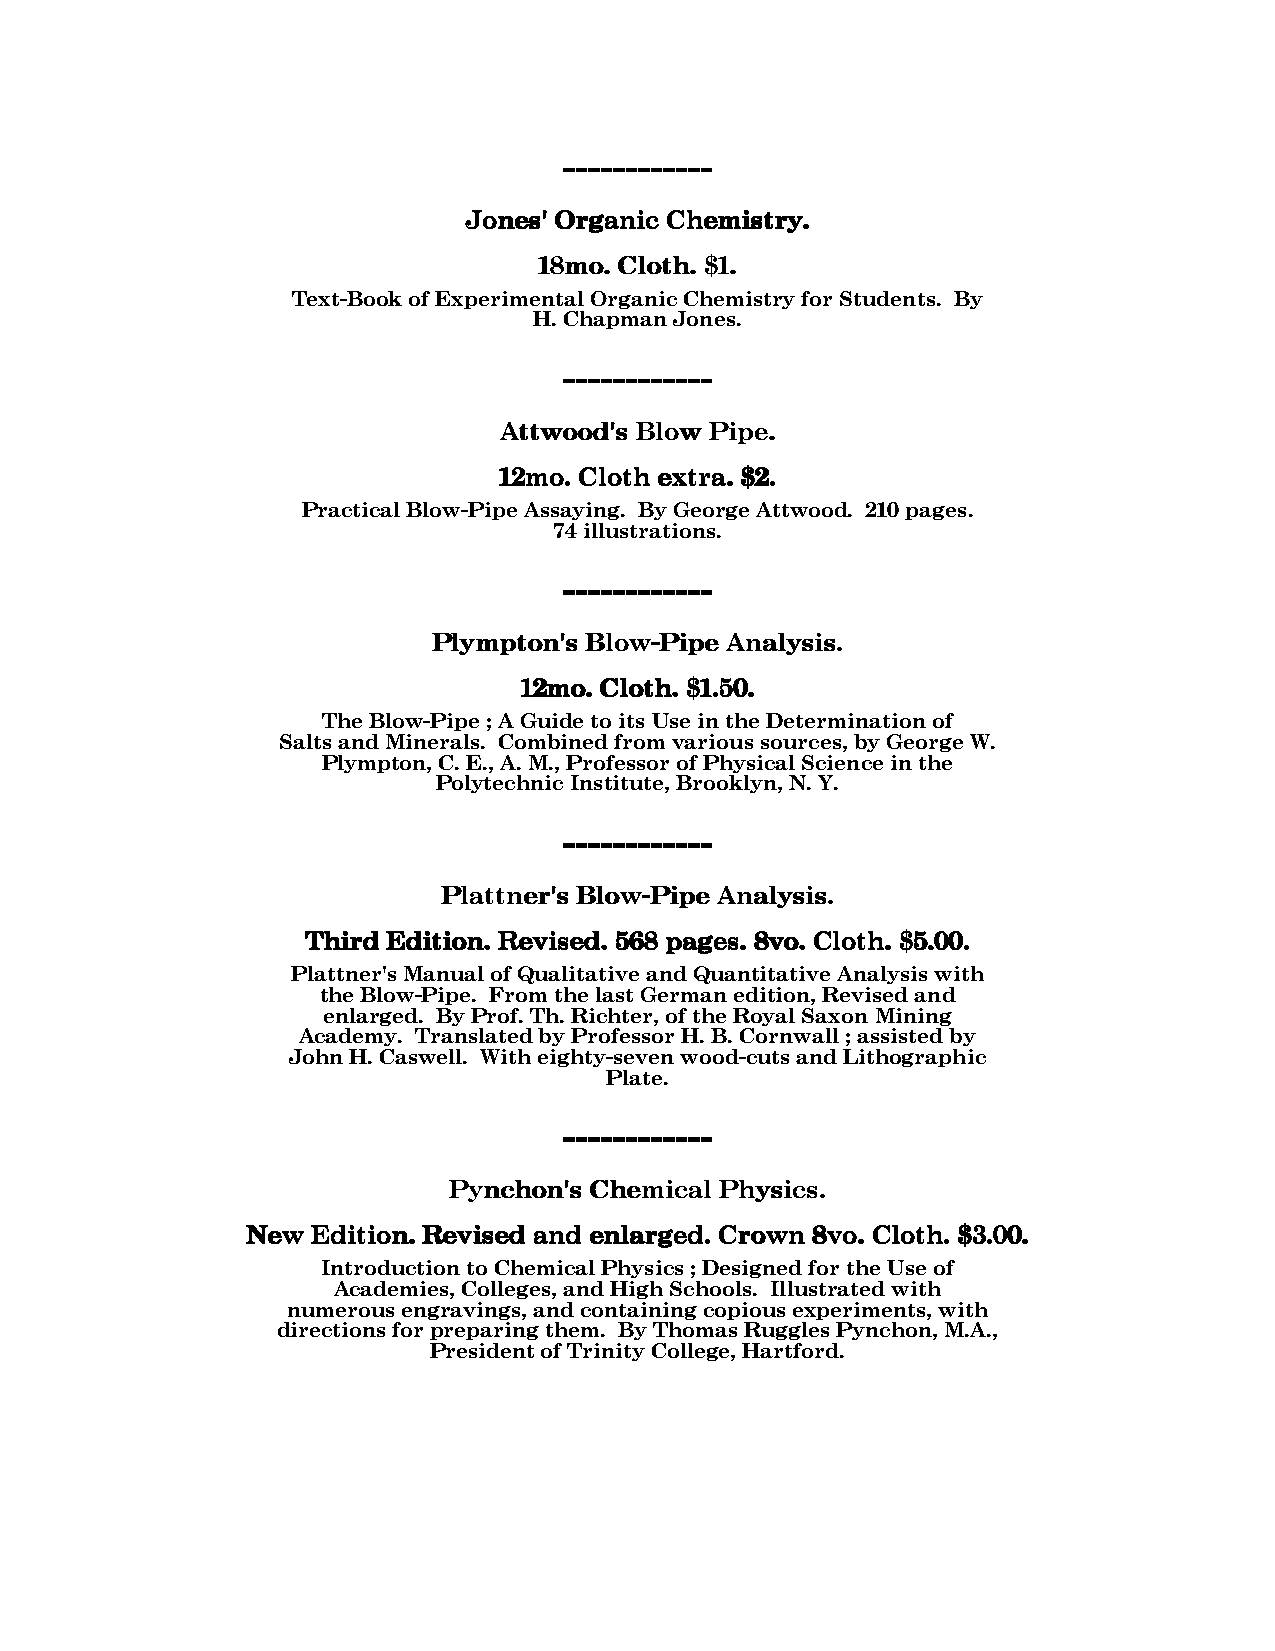
------------------------------------------------
 JJJJoooonnnneeeessss'''' OOOOrrrrggggaaaannnniiiicccc CCCChhhheeeemmmmiiiissssttttrrrryyyy....
 11118888mmmmoooo.... CCCCllllooootttthhhh.... $$$$1111....
 Text-Book of Experimental Organic Chemistry for Students. By
 H. Chapman Jones.
 ------------------------------------------------
 AAAAttttttttwwwwoooooooodddd''''ssss BBBBlllloooowwww PPPPiiiippppeeee....
 11112222mmmmoooo.... CCCCllllooootttthhhh eeeexxxxttttrrrraaaa.... $$$$2222....
 Practical Blow-Pipe Assaying. By George Attwood. 210 pages.
 74 illustrations.
 ------------------------------------------------
 PPPPllllyyyymmmmppppttttoooonnnn''''ssss BBBBlllloooowwww----PPPPiiiippppeeee AAAAnnnnaaaallllyyyyssssiiiissss....
 11112222mmmmoooo.... CCCCllllooootttthhhh.... $$$$1111....55550000....
 The Blow-Pipe ; A Guide to its Use in the Determination of
 Salts and Minerals. Combined from various sources, by George W.
 Plympton, C. E., A. M., Professor of Physical Science in the
 Polytechnic Institute, Brooklyn, N. Y.
 ------------------------------------------------
 PPPPllllaaaattttttttnnnneeeerrrr''''ssss BBBBlllloooowwww----PPPPiiiippppeeee AAAAnnnnaaaallllyyyyssssiiiissss....
 TTTThhhhiiiirrrrdddd EEEEddddiiiittttiiiioooonnnn.... RRRReeeevvvviiiisssseeeedddd.... 555566668888 ppppaaaaggggeeeessss.... 8888vvvvoooo.... CCCCllllooootttthhhh.... $$$$5555....00000000....
 Plattner's Manual of Qualitative and Quantitative Analysis with
 the Blow-Pipe. From the last German edition, Revised and
 enlarged. By Prof. Th. Richter, of the Royal Saxon Mining
 Academy. Translated by Professor H. B. Cornwall ; assisted by
 John H. Caswell. With eighty-seven wood-cuts and Lithographic
 Plate.
 ------------------------------------------------
 PPPPyyyynnnncccchhhhoooonnnn''''ssss CCCChhhheeeemmmmiiiiccccaaaallll PPPPhhhhyyyyssssiiiiccccssss....
 NNNNeeeewwww EEEEddddiiiittttiiiioooonnnn.... RRRReeeevvvviiiisssseeeedddd aaaannnndddd eeeennnnllllaaaarrrrggggeeeedddd.... CCCCrrrroooowwwwnnnn 8888vvvvoooo.... CCCCllllooootttthhhh.... $$$$3333....00000000....
 Introduction to Chemical Physics ; Designed for the Use of
 Academies, Colleges, and High Schools. Illustrated with
 numerous engravings, and containing copious experiments, with
 directions for preparing them. By Thomas Ruggles Pynchon, M.A.,
 President of Trinity College, Hartford.